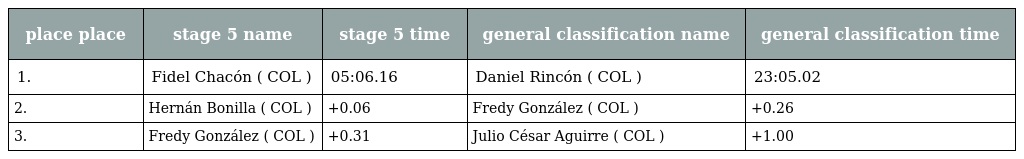
| place place | stage 5 name | stage 5 time | general classification name | general classification time |
 | --- | --- | --- | --- | --- |
 | 1. | Fidel Chacón ( COL ) | 05:06.16 | Daniel Rincón ( COL ) | 23:05.02 |
 | 2. | Hernán Bonilla ( COL ) | +0.06 | Fredy González ( COL ) | +0.26 |
 | 3. | Fredy González ( COL ) | +0.31 | Julio César Aguirre ( COL ) | +1.00 |